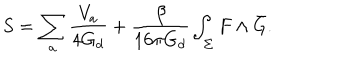
S = \sum _ { a } \frac { V _ { a } } { 4 G _ { d } } + \frac { \beta } { 1 6 \pi G _ { d } } \int _ { \Sigma } F \wedge \bar { G } .